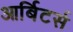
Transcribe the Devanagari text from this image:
आर्बिटर्स